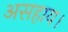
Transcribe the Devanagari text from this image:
असहाय।